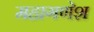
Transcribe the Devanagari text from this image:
महागणेश